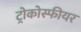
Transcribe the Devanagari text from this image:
ट्रोकोस्फीयर